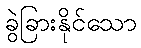
ခွဲခြားနိုင်သော